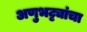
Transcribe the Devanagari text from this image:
अणुभट्ट्यांचा